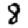
Digit: 8